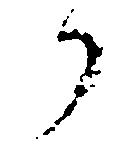
か